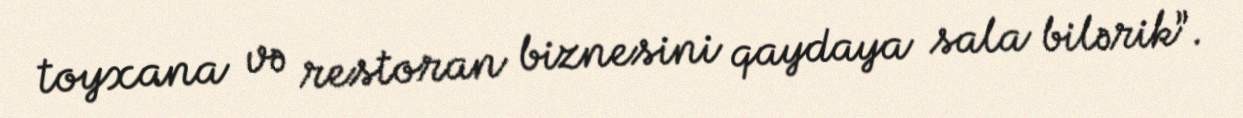
toyxana və restoran biznesini qaydaya sala bilərik”.